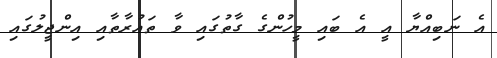
އެ ނަބިއްޔާ އީ އެ ބައި މީހުންގެ ގާތުގައި ވާ ތައުރާތާއި އިންޖީލުގައި